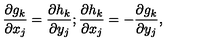
\frac { \partial g _ { k } } { \partial x _ { j } } = \frac { \partial h _ { k } } { \partial y _ { j } } ; \frac { \partial h _ { k } } { \partial x _ { j } } = - \frac { \partial g _ { k } } { \partial y _ { j } } ,